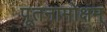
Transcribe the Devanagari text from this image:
पूतनामोक्षम्